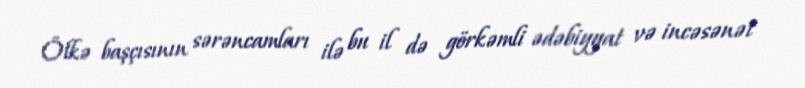
Ölkə başçısının sərəncamları ilə bu il də görkəmli ədəbiyyat və incəsənət